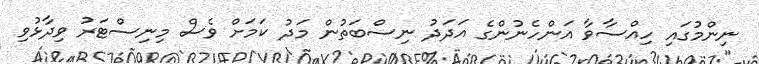
ނިންމުގައި ހިއްސާވާ އަންހެނުންގެ އަދަދު ނިސްބަތުން މަދު ކަމަށް ވެސް މިނިސްޓަރު ވިދާޅުވި